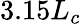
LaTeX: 3.15L_{c}